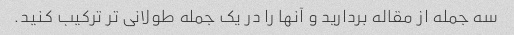
سه جمله از مقاله بردارید و آنها را در یک جمله طولانی تر ترکیب کنید.